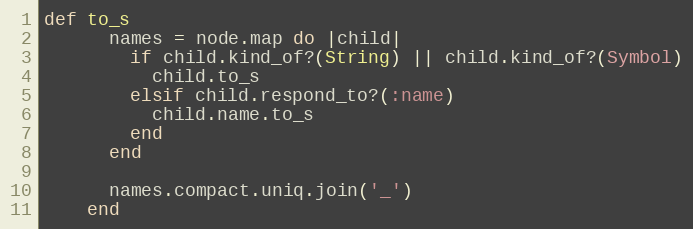
Language: Ruby
def to_s
      names = node.map do |child|
        if child.kind_of?(String) || child.kind_of?(Symbol)
          child.to_s
        elsif child.respond_to?(:name)
          child.name.to_s
        end
      end

      names.compact.uniq.join('_')
    end